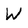
Character: W